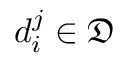
d _ { i } ^ { j } \in \mathfrak { D }